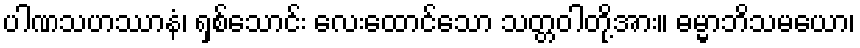
ပါဏသဟဿာနံ၊ ရှစ်သောင်း လေးထောင်သော သတ္တဝါတို့အား။ ဓမ္မာဘိသမယော၊